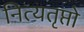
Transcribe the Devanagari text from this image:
नित्यतृप्तो